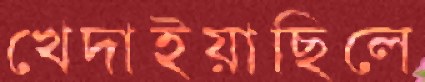
খেদাইয়াছিলে